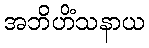
အဘိဟိံသနာယ